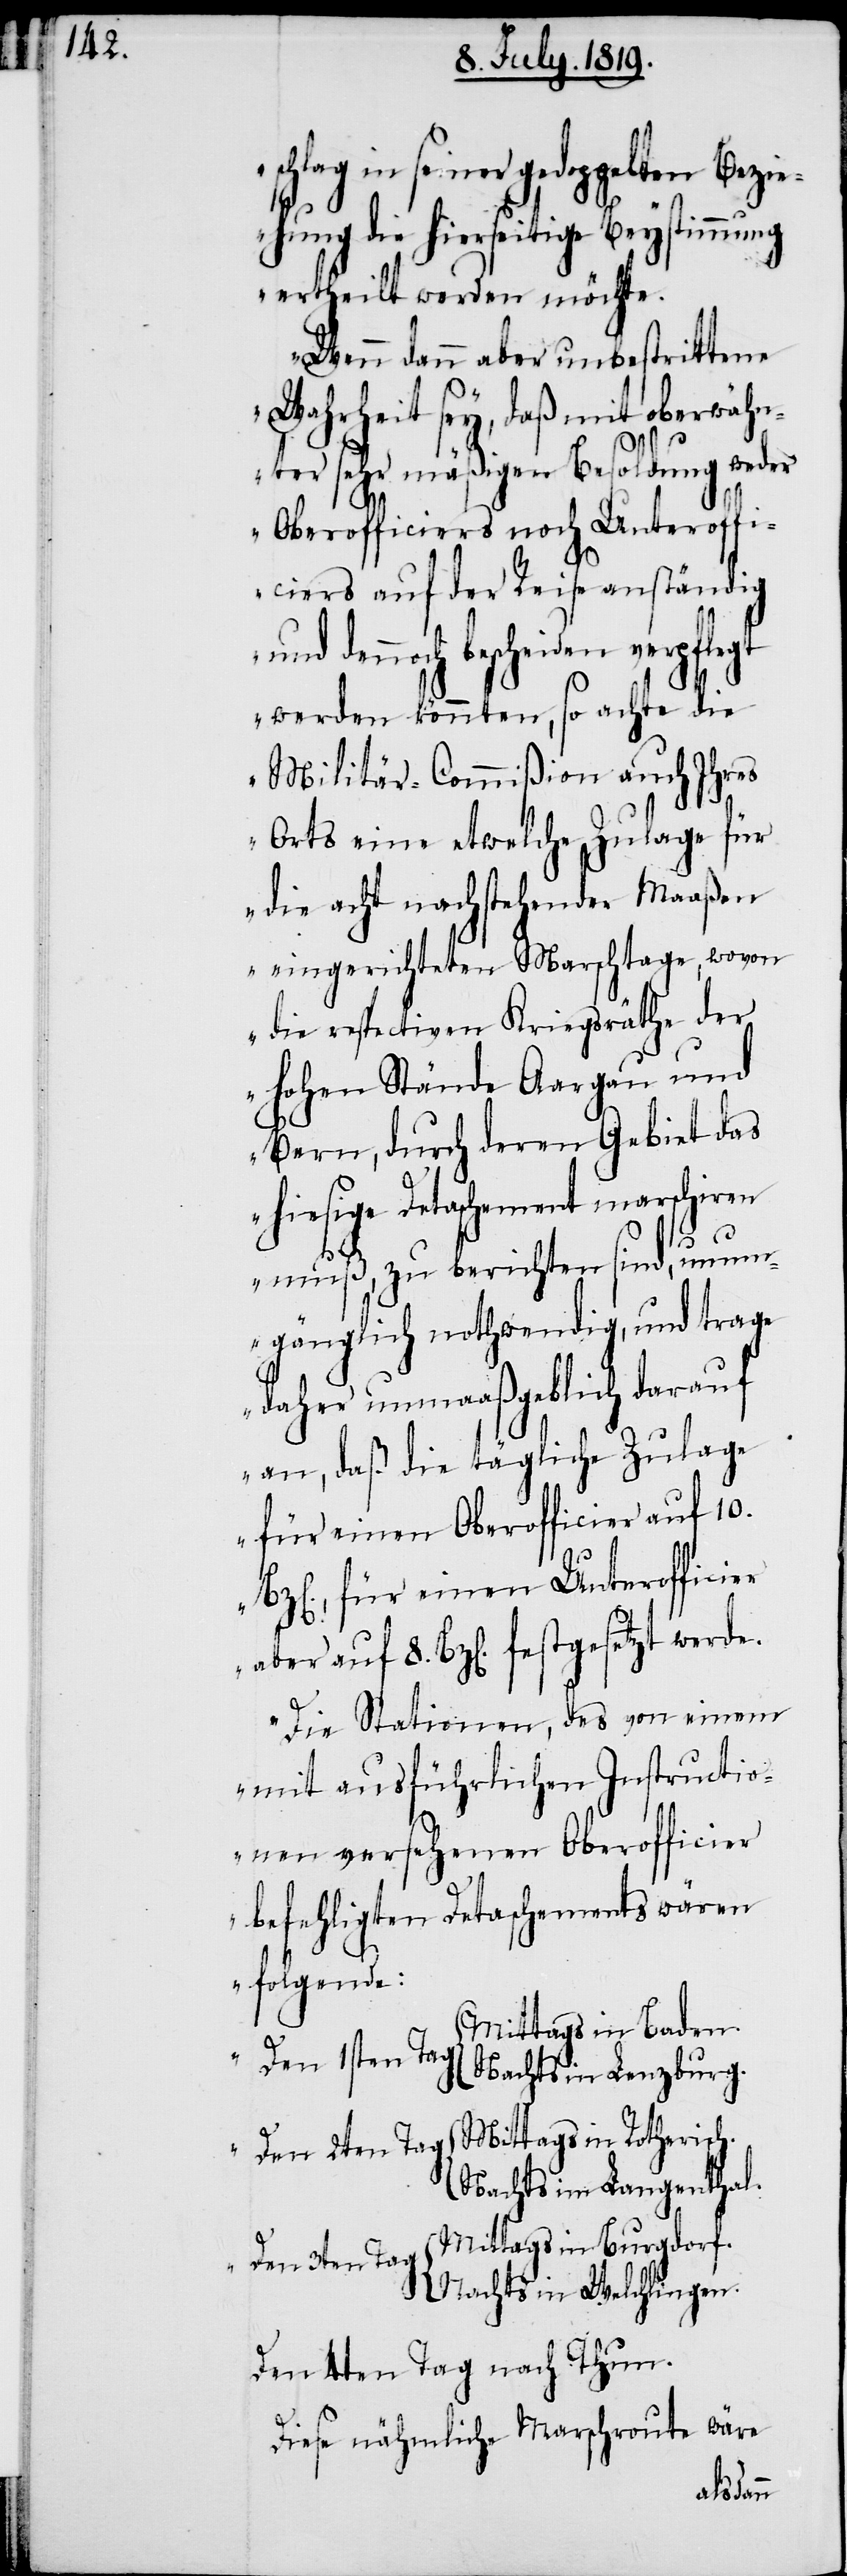
schlag in seiner gedoppelten Bezi¬
ehung die hierseitige Beystimmung
ertheilt werden möchte.
Wenn dann aber unbestrittene
Wahrheit sey, daß mit oberwähn¬
ter sehr mäßigen Besoldung weder
Oberofficiers noch Unteroffi¬
ciers auf der Reise anständig
und dennoch bescheiden verpflegt
werden könnten, so achte die
Militär-Commißion auch Ihres
Orts eine etwelche Zulage für
die acht nachstehender Maaßen
eingerichteten Marschtaxe, wovon
die respectiven Kriegsräthe der
hohen Stände Aargau und
Bern, durch deren Gebiet das
hiesige Detaschement marschiren
muß, zu berichten sind, unum¬
gänglich nothwendig, und trage
daher unmaaßgeblich darauf
an, daß die tägliche Zulage
für einen Oberofficier auf 10.
Die Stationen, des von einem
mit ausführlichen Instructio¬
nen versehenen Oberofficier
befehligten Detaschements wären
folgende:
Mittags in Baden
Den 1sten Tag
Nachts in Lenzburg.
Den 2ten Tag	Mittags in Rotherich.
Nachts im Langenthal.
Den 3ten Tag	Mittags in Burgdorf.
Nachts in Welchlingen.
Den 4ten Tag nach Thun.
Diese nähmliche Marschroute wäre